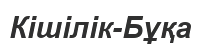
Кішілік-Бұқа